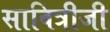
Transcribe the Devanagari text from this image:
सावित्रीजी